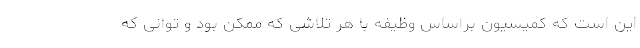
این است که کمیسیون براساس وظیفه با هر تلاشی که ممکن بود و توانی که